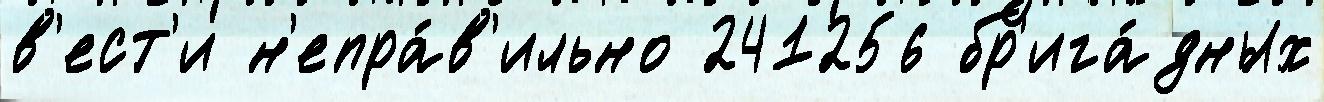
в'ест'и н'епра́в'ильно 241256 бр'ига́дных